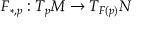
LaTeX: F _ { * , p } : T _ { p } M \to T _ { F ( p ) } N